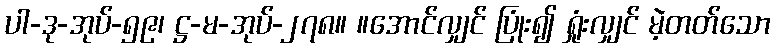
ပါ-ဒု-အုပ်-၅၉၊ ဋ္ဌ-မ-အုပ်-၂၇၈။ ။အောင်လျှင် ပြုံး၍ ရှုံးလျှင် မဲ့တတ်သော